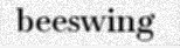
beeswing